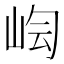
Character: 𡷃